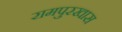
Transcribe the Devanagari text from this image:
रामपुरखास